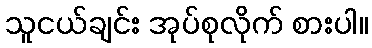
သူငယ်ချင်း အုပ်စုလိုက် စားပါ။